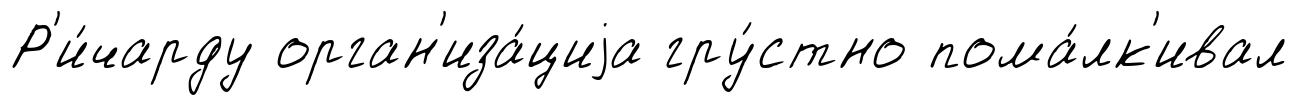
Р'и́чарду орган'иза́циjа гру́стно пома́лк'ивал